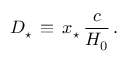
D _ { \star } \, \equiv \, x _ { \star } \, \frac { c } { H _ { 0 } } \, .